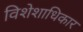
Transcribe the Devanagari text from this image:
विशेशाधिकार